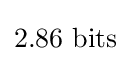
2.86{\text{ bits}}